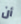
أن